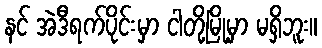
နင် အဲဒီရက်ပိုင်းမှာ ငါတို့မြို့မှာ မရှိဘူး။